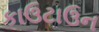
કાઉટાઉન